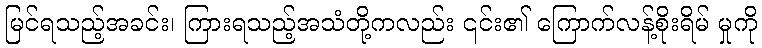
မြင်ရသည့်အခင်း၊ ကြားရသည့်အသံတို့ကလည်း ၎င်း၏ ကြောက်လန့်စိုးရိမ် မှုကို